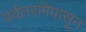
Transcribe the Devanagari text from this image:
पर्वतरांगेपासून